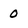
Character: 0